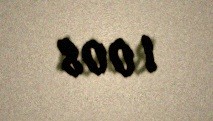
1 008